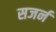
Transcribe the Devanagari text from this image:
सजर्न